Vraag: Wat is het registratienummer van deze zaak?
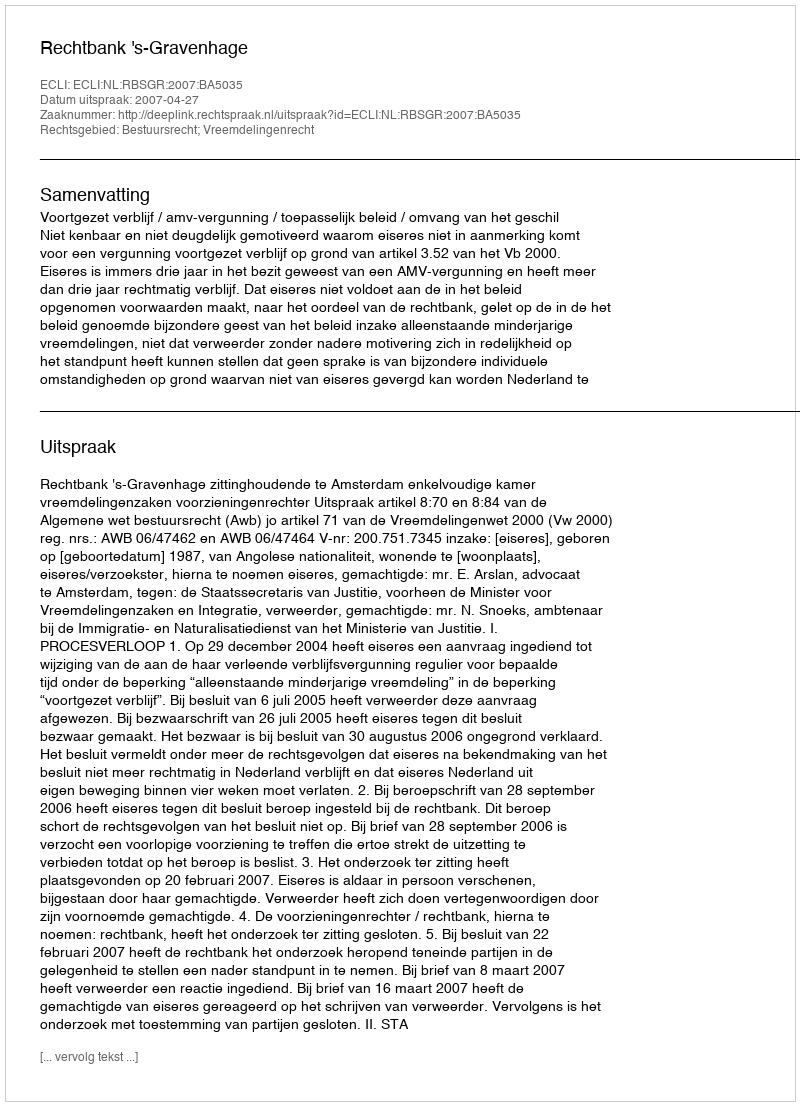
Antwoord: http://deeplink.rechtspraak.nl/uitspraak?id=ECLI:NL:RBSGR:2007:BA5035